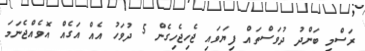
ރަސްމީ ބަންދު ދުވަސްތައް ފިޔަވައި ޖެހިޖެހިގެން 5 ދުވަހު އެއް އަގެއް އޮވެއްޖެނަމަ